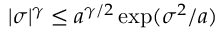
| \sigma | ^ { \gamma } \leq a ^ { \gamma / 2 } \exp ( \sigma ^ { 2 } / a )